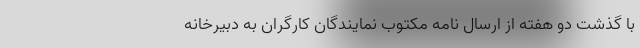
با گذشت دو هفته از ارسال نامه مکتوب نمایندگان کارگران به دبیرخانه